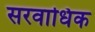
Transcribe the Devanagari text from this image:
सरवाधिक